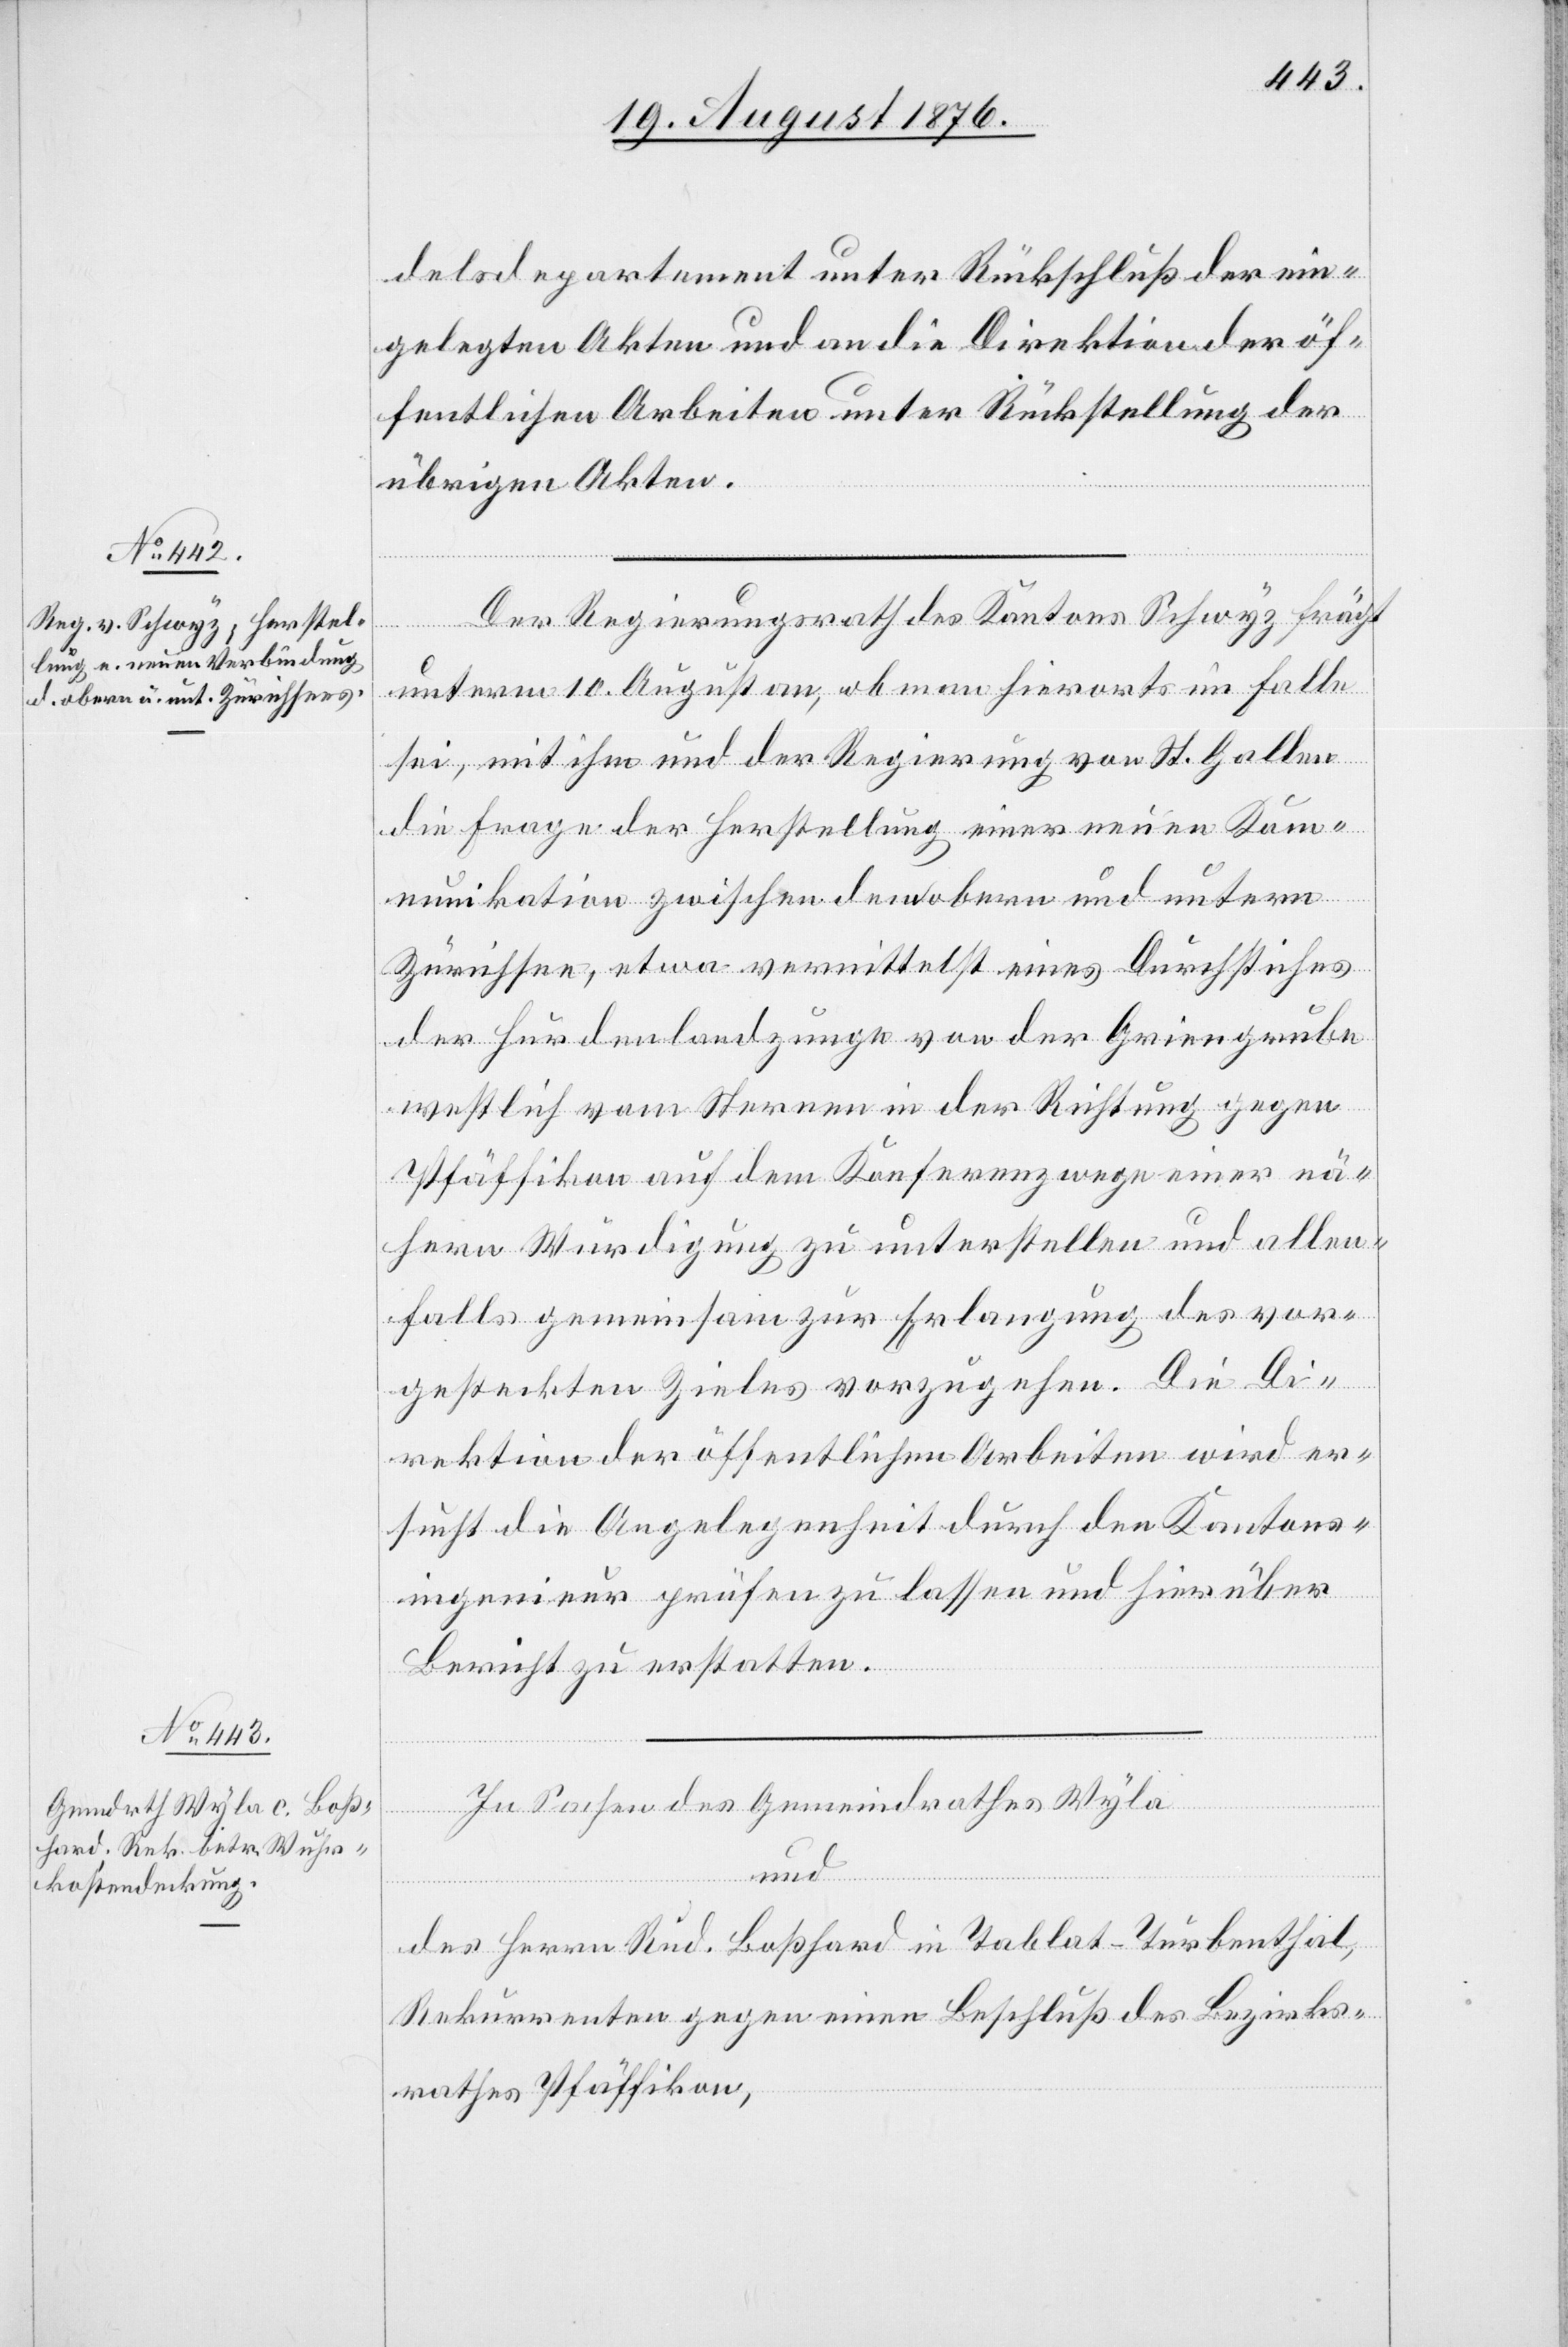
delsdepartement unter Rückschluß der ein¬
gelegten Akten und an die Direktion der öf¬
fentlichen Arbeiten unter Rückstellung der
übrigen Akten.
Der Regierungsrath des Kantons Schwyz frägt
unterm 10. August an, ob man hierorts im Falle
sei, mit ihm und der Regierung von St. Gallen
die Frage der Herstellung einer neuen Kom¬
munikation zwischen dem obern und untern
Zürichsee, etwa vermittelst eines Durchstiches
der Hürdenlandzunge von der Griengrube
westlich vom Sternen in der Richtung gegen
Pfäffikon auf dem Konferenzwege einer nä¬
hern Würdigung zu unterstellen und allen¬
falls gemeinsam zur Erlangung des vor¬
gestreckten Zieles vorzugehen. Die Di¬
rektion der öffentlichen Arbeiten wird er¬
sucht die Angelegenheit durch den Kantons¬
ingenieur prüfen zu lassen und hierüber
Bericht zu erstatten.
In Sachen des Gemeindrathes Wyla
und
des Herrn Rud. Boßhard in Tablat - Turbenthal,
Rekurrenten gegen einen Beschluß des Bezirks¬
rathes Pfäffikon,